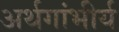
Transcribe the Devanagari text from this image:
अर्थगांभीर्य